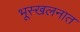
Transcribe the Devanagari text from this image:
भूस्खलनात